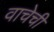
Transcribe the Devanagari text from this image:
वाचेची